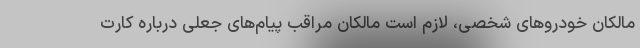
مالکان خودروهای شخصی، لازم است مالکان مراقب پیام‌های جعلی درباره کارت